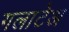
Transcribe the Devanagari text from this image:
गलाटेअ